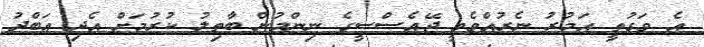
އެ ވަގުތީ އަމުރު ނެރުއްވެވީ ޖޭއެސްސީގެ ނިންމުން ބާތިލު ކުރުމަށް އެދި އަބްދު